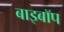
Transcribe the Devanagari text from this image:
बाइबॉप